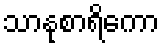
သာနုစာရိကော